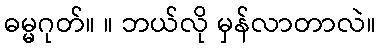
ဓမ္မဂုတ်။ ။ ဘယ်လို မှန်လာတာလဲ။